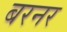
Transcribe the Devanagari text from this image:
बरनर